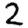
Digit: 2